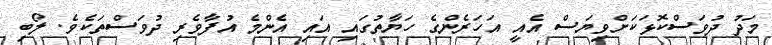
މަދު ދުވަސްކޮޅަކަށްވިޔަސް އެއީ އަހަރެންގެ ހަޔާތުގައި އައި އެންމެ އުފާވެރި ދުވަސްތަކެވެ. ލޯބި